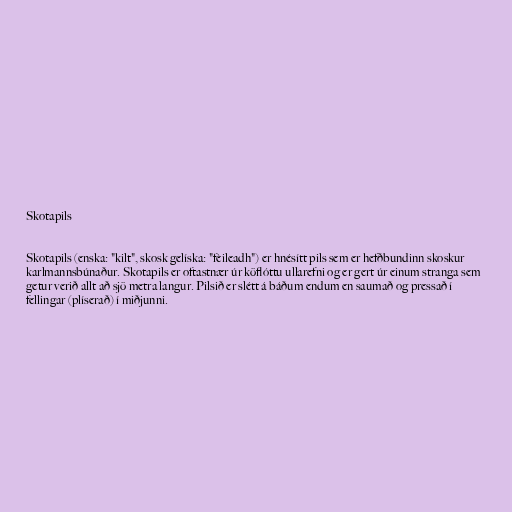
Skotapils

Skotapils (enska: "kilt", skosk gelíska: "fèileadh") er hnésítt pils sem er hefðbundinn skoskur
karlmannsbúnaður. Skotapils er oftastnær úr köflóttu ullarefni og er gert úr einum stranga sem
getur verið allt að sjö metra langur. Pilsið er slétt á báðum endum en saumað og pressað í
fellingar (plíserað) í miðjunni.